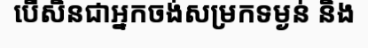
បើសិនជាអ្នកចង់សម្រកទម្ងន់ និង